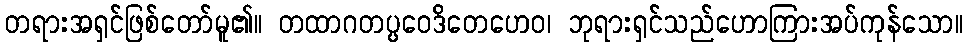
တရားအရှင်ဖြစ်တော်မူ၏။ တထာဂတပ္ပဝေဒိတေဟေဝ၊ ဘုရားရှင်သည်ဟောကြားအပ်ကုန်သော။